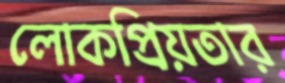
লোকপ্রিয়তার